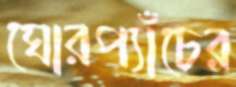
ঘোরপ্যাঁচের